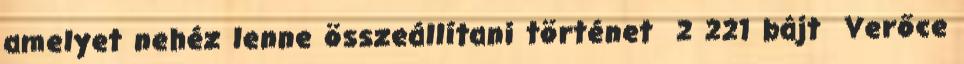
amelyet nehéz lenne összeállítani történet ‎ 2 221 bájt ‎Verőce